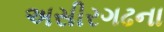
અસીરગઢના